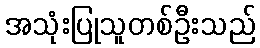
အသုံးပြုသူတစ်ဦးသည်